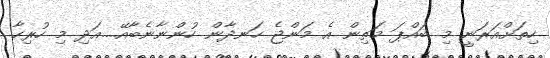
ހިތަށްއަރަނީ މި ބައްޕަ މަތިން އެ މަންޖެ ހަނދާން ހުންނާނެބާއޭ....އަދި މި ހުރިހާ